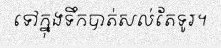
ទៅក្នុងទឹកបាត់សល់តែទូរ។